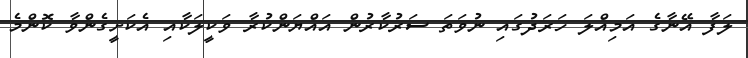
ލަފާ އޭނާގެ އަމިއްލަ ހަރަދުގައި ނުވަތަ ސަރުކާރުން އައްޔަންކުރާ ވަކީލަކާއި އެކަށީގެންވާ ކޮންމެ